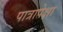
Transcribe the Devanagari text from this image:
पात्रापेक्षा